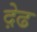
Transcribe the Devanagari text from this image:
द़ेढ